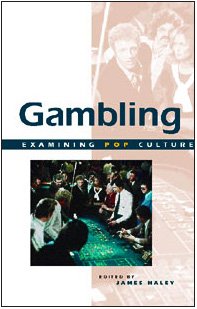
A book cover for Gambling (Examining Pop Culture); Tom Barker; Health, Fitness & Dieting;